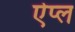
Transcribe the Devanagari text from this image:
ऐप्ल